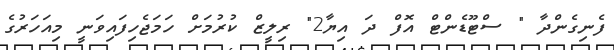
ފެނިގެންދާ " ސްޓޫޑެންޓް އޮފް ދަ އިޔާ2" ރިލީޒް ކުރުމަށް ހަމަޖެހިފައިވަނީ މިއަހަރުގެ